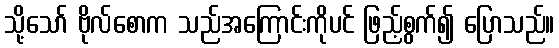
သို့သော် ဗိုလ်စောက သည်အကြောင်းကိုပင် ဖြည့်စွက်၍ ပြောသည်။